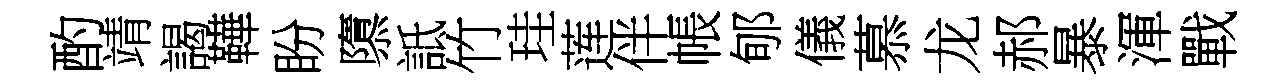
酌靖謁鞾盼隳詆竹珪莲伴帳郇儀慕龙郝暴渾戰